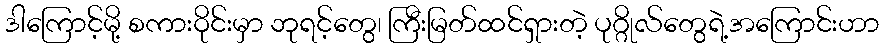
ဒါကြောင့်မို့ စကားဝိုင်းမှာ ဘုရင့်တွေ၊ ကြီးမြတ်ထင်ရှားတဲ့ ပုဂ္ဂိုလ်တွေရဲ့အကြောင်းဟာ